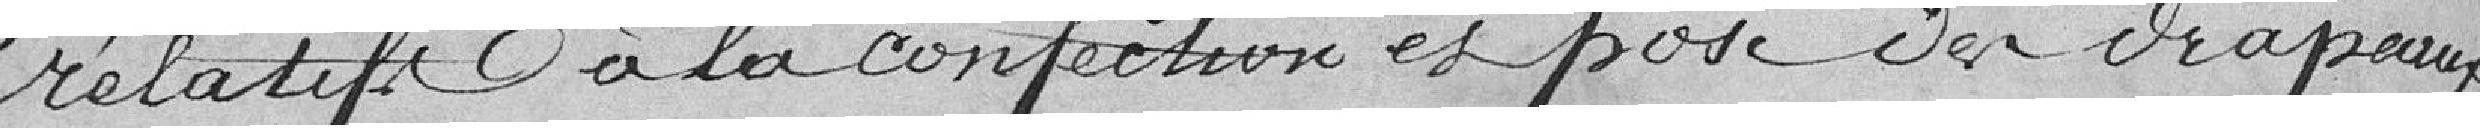
relatif à la confection et pose des drapeaux